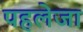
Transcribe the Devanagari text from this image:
पहलेजा